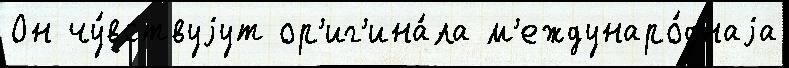
Он чу́вствуjут ор'иг'ина́ла м'еждунаро́днаjа